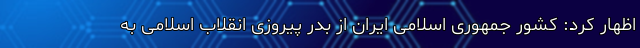
اظهار کرد: کشور جمهوری اسلامی ایران از بدر پیروزی انقلاب اسلامی به